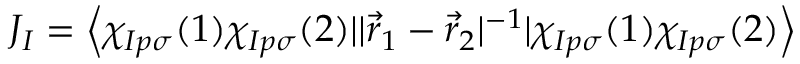
J _ { I } = \left< \chi _ { I p \sigma } ( 1 ) \chi _ { I p \sigma } ( 2 ) | | \vec { r } _ { 1 } - \vec { r } _ { 2 } | ^ { - 1 } | \chi _ { I p \sigma } ( 1 ) \chi _ { I p \sigma } ( 2 ) \right>